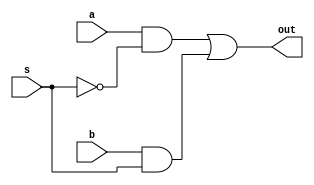
`timescale 1ns / 1ps
//////////////////////////////////////////////////////////////////////////////////
// Company: 
// Engineer: 
// 
// Design Name: 
// Module Name: Mux2
// Project Name: 
// Target Devices: 
// Tool Versions: 
// Description: 
// 
// Dependencies: 
// 
// Revision:
// Revision 0.01 - File Created
// Additional Comments:
// 
//////////////////////////////////////////////////////////////////////////////////

module Mux2(input a,b,s, output out);
assign out = (a&&~s)||(b&&s);
endmodule